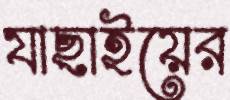
যাছাইয়ের